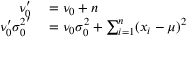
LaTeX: \begin{array} { r l } { \nu _ { 0 } ^ { \prime } } & { { } = \nu _ { 0 } + n } \\ { \nu _ { 0 } ^ { \prime } { \sigma _ { 0 } ^ { 2 } } ^ { \prime } } & { { } = \nu _ { 0 } \sigma _ { 0 } ^ { 2 } + \sum _ { i = 1 } ^ { n } ( x _ { i } - \mu ) ^ { 2 } } \end{array}